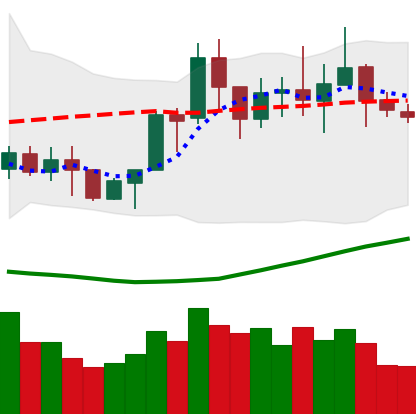
Ticker: NEO-USD
Chart end date: 2020-07-18
Forward return: 8.233%
Label: up_7plus